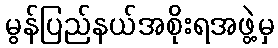
မွန်ပြည်နယ်အစိုးရအဖွဲ့မှ